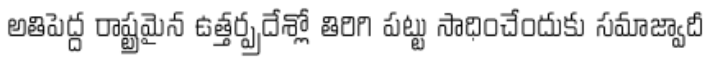
అతిపెద్ద రాష్ట్రమైన ఉత్తర్ప్రదేశ్లో తిరిగి పట్టు సాధించేందుకు సమాజ్వాదీ